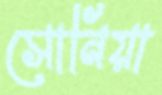
সোনিয়া